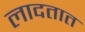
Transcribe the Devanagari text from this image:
लादतात